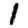
Digit: 1